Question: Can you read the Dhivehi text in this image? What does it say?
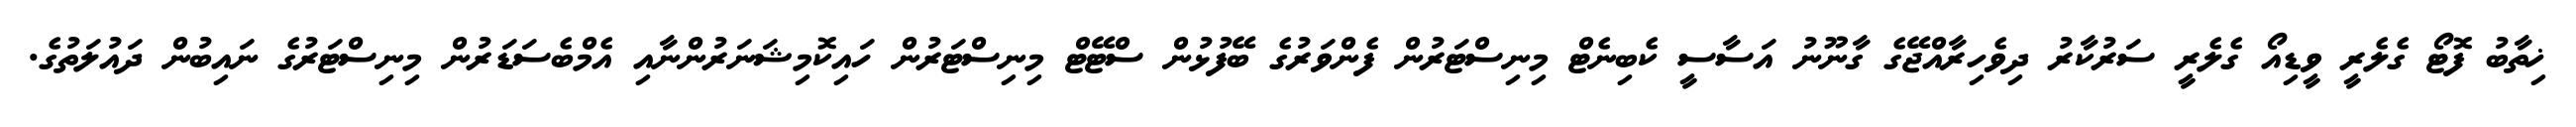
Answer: ޚިތާބު ފޮޓޯ ގެލެރީ ވީޑިއޯ ގެލެރީ ސަރުކާރު ދިވެހިރާއްޖޭގެ ގާނޫނު އަސާސީ ކެބިނެޓް މިނިސްޓަރުން ފެންވަރުގެ ބޭފުޅުން ސްޓޭޓް މިނިސްޓަރުން ހައިކޮމިޝަނަރުންނާއި އެމްބެސަޑަރުން މިނިސްޓަރުގެ ނައިބުން ދައުލަތުގެ.